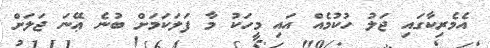
އެމެރިކާގައި ޖަލު ހުކުމެއް އައި މީހަކު މާ ފަލަކަމަށް ބުނެ ޢޭނަ ޖަލަށް